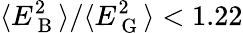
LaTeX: \langle E_{\mathrm{~B~}}^{2}\rangle/\langle E_{\mathrm{~G~}}^{2}\rangle<1.22